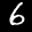
Label: 6